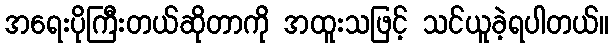
အရေးပိုကြီးတယ်ဆိုတာကို အထူးသဖြင့် သင်ယူခဲ့ရပါတယ်။